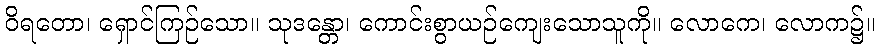
ဝိရတော၊ ရှောင်ကြဉ်သော။ သုဒန္တော၊ ကောင်းစွာယဉ်ကျေးသောသူကို။ လောကေ၊ လောက၌။